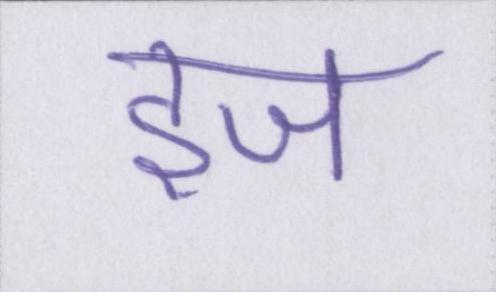
इज